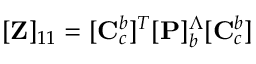
[ \mathbf { Z } ] _ { 1 1 } = [ \mathbf { C } _ { c } ^ { b } ] ^ { T } [ \mathbf { P } ] _ { b } ^ { \Lambda } [ \mathbf { C } _ { c } ^ { b } ]